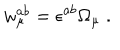
w _ { \mu } ^ { a b } = \epsilon ^ { a b } \Omega _ { \mu } \; .